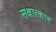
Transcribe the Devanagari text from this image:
सक्षात्कार